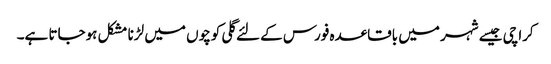
کراچی جیسے شہر میں باقاعدہ فورس کے لئے گلی کوچوں میں لڑنا مشکل ہوجاتا ہے۔